Report on vaccination in Madras 1877-1894 - 1877-1894
Year: 1877
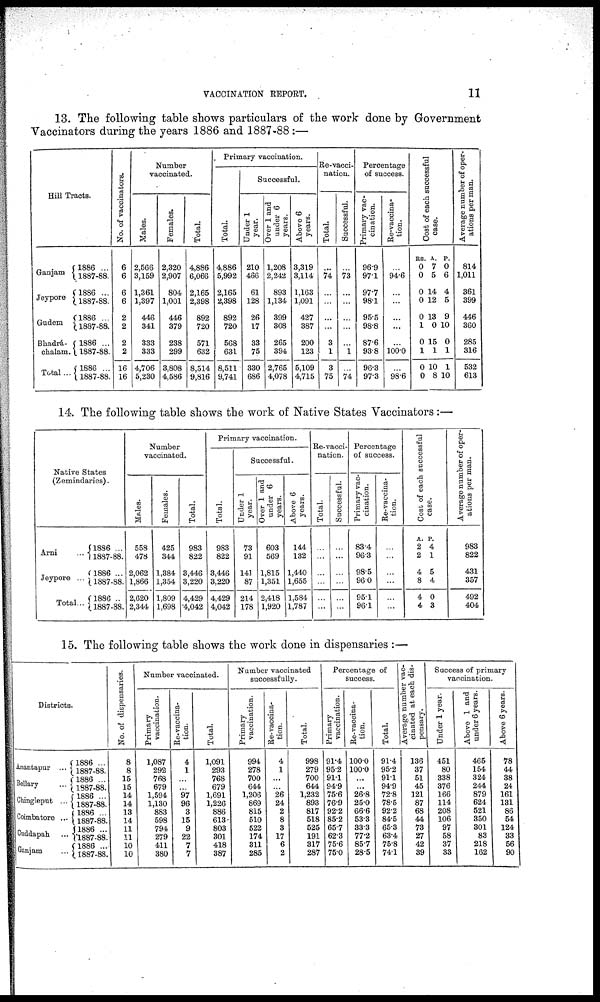
VACCINATION REPORT.
11
13. The following table shows particulars of the work done by Government
Vaccinators during the years 1886 and 1887-88:—
Hill Tracts.
Ganjam
Jeypore
Gudem
Bhadrá-
chalam.
Total...
1886 ...
1887-88.
1886 ...
1887-88.
1886 ...
1887-88.
1886 ...
1887-88.
1886 ...
1887-88.
No. of vaccinators.
6
6
6
6
2
2
2
2
16
16
Number
vaccinated.
Males.
2,566
3,159
1,361
1,397
446
341
333
333
4,706
5,230
Females.
2,320
2,907
804
1,001
446
379
238
299
3,808
4,586
Total.
4,886
6,066
2,165
2,398
892
720
571
632
8,514
9,816
Primary vaccination.
Total.
4,886
5,992
2,165
2,398
892
720
568
631
8,511
9,741
Successful.
Under 1
year.
210
466
61
128
26
17
33
75
330
686
Over 1 and
under 6
years.
1,208
2,242
893
1,134
399
308
265
394
2,765
4,078
Above 6
years.
3,319
3,114
1,163
1,091
427
387
200
123
5,109
4,715
Re-vacci-
nation.
Total.
...
74
...
...
...
...
3
1
3
75
Successful.
...
73
...
...
...
...
...
1
...
74
Percentage
of success.
Primary vac-
cination.
96.9
97.1
97.7
98.1
95.5
98.8
87.6
93.8
96.3
97.3
Re-vaccina-
tion.
...
94.6
...
...
...
...
...
100.0
...
98.6
Cost of each successful
case.
RS.
0
0
0
0
0
1
0
1
0
0
A.
7
5
14
12
13
0
15
1
10
8
P.
0
6
4
5
9
10
0
1
1
10
Average number of oper-
ations per man.
814
1,011
361
399
446
360
285
316
532
613
14. The following table shows the work of Native States Vaccinators:—
Native States
(Zemindaries).
Arni
...
Jeypore ...
Total...
1886 ...
1887-88.
1886 ...
1887-88.
1886 ..
1887-88.
Number
vaccinated.
Males.
558
478
2,062
1,866
2,620
2,344
Females.
425
344
1,384
1,354
1,809
1,698
Total.
983
822
3,446
3,220
4,429
4,042
Primary vaccination.
Total.
983
822
3,446
3,220
4,429
4,042
Successful.
Under 1
year.
73
91
141
87
214
178
Over 1 and
under 6
years.
603
569
1,815
1,351
2,418
1,920
Above 6
years.
144
132
1,440
1,655
1,584
1,787
Re-vacci-
nation.
Total.
...
...
...
...
...
...
Successful.
...
...
...
...
...
...
Percentage
of success.
Primary vac-
cination.
83.4
96.3
98.5
96.0
95.1
96.1
Re-vaccina-
tion.
...
...
...
...
...
...
Cost of each successful
case.
A.
2
2
4
8
4
4
P.
4
1
5
4
0
3
Average number of oper-
ations per man.
983
822
431
357
492
404
15. The following table shows the work done in dispensaries :—
Districts.
Anantapur ...
Bellary ...
Chingleput ...
Coimbatore ...
Cuddapah ...
Ganjam ...
1886 ...
1887-88.
1886 ...
1887-88.
1886 ...
1887-88.
1886 ...
1887-88.
1886 ...
1887-88.
1886 ...
1887-88.
No. of dispensaries.
8
8
15
15
14
14
13
14
11
11
10
10
Number vaccinated.
Primary
vaccination.
1,087
292
768
679
1,594
1,130
883
598
794
279
411
380
Re-vaccina-
tion.
4
1
...
...
97
96
3
15
9
22
7
7
Total.
1,091
293
768
679
1,691
1,226
886
613
803
301
418
387
Number vaccinated
successfully.
Primary
vaccination.
994
278
700
644
1,206
869
815
510
522
174
311
285
Re-vaccina-
tion.
4
1
...
...
26
24
2
8
3
17
6
2
Total.
998
279
700
644
1,232
893
817
518
525
191
317
287
Percentage of
success.
Primary
vaccination.
91.4
95.2
91.1
94.9
75.6
76.9
92.2
85.2
65.7
62.3
75.6
75.0
Re-vaccina-
tion.
100.0
100.0
...
...
26.8
25.0
66.6
53.3
33.3
77.2
85.7
28.5
Total.
91.4
95.2
91.1
94.9
72.8
78.5
92.2
84.5
65.3
63.4
75.8
74.1
Average number vac-
cinated at each dis-
pensary.
136
37
51
45
121
87
68
44
73
27
42
39
Success of primary
vaccination.
Under 1 year.
451
80
338
376
166
114
208
106
97
58
37
33
Above 1 and
under 6 years.
465
154
324
244
879
624
521
350
301
83
218
162
Above 6 years.
78
44
38
24
161
131
86
54
124
33
56
90